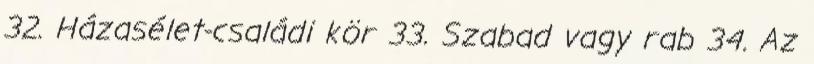
32. Házasélet-családi kör 33. Szabad vagy rab 34. Az